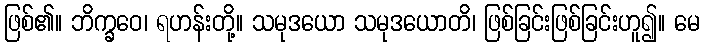
ဖြစ်၏။ ဘိက္ခဝေ၊ ရဟန်းတို့။ သမုဒယော သမုဒယောတိ၊ ဖြစ်ခြင်းဖြစ်ခြင်းဟူ၍။ မေ